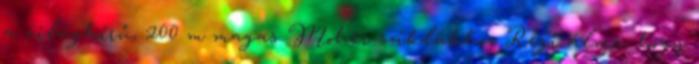
a világhírű, 200 m magas Moher-sziklákhoz Régi álma, hogy